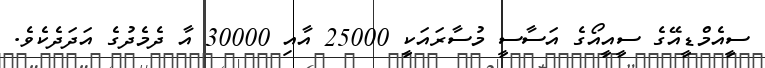
ސީއެމްޑީއޭގެ ސީއީއޯގެ އަސާސީ މުސާރައަކީ 25000 އާއި 30000 އާ ދެމެދުގެ އަދަދެކެވެ.